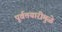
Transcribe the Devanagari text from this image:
पूर्वतयारीमुळे